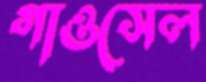
গাওসেল